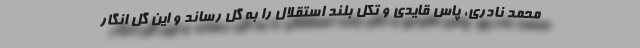
محمد نادری، پاس قایدی و تکل بلند استقلال را به گل رساند و این گل انگار